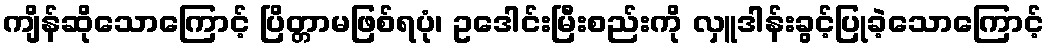
ကျိန်ဆိုသောကြောင့် ပြိတ္တာမဖြစ်ရပုံ၊ ဥဒေါင်းမြီးစည်းကို လှူဒါန်းခွင့်ပြုခဲ့သောကြောင့်